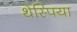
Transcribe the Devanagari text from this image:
थेस्पिया